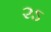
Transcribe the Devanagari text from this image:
२ऽ